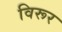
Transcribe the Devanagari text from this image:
विरूर